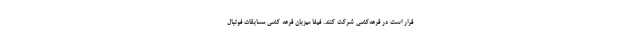
قرار است در قرعه‌کشی شرکت کنند. فیفا میزبان قرعه کشی مسابقات فوتبال